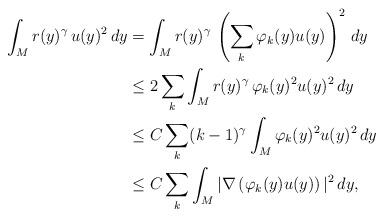
LaTeX: \begin{align*}\int_M r(y)^\gamma \,u(y)^2\,dy &= \int_M r(y)^\gamma \,\left(\sum_k \varphi_k (y) u(y)\right)^2\,dy \\&\leq 2\sum_k \int_M r(y)^\gamma \,\varphi_k (y)^2 u(y)^2\,dy \\&\leq C\sum_k (k-1)^\gamma \int_M \varphi_k (y)^2 u(y)^2\,dy \\&\leq C\sum_k \int_M |\nabla\left(\varphi_k (y) u(y)\right)|^2\,dy,\end{align*}